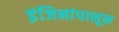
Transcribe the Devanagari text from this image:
इंजिनांपासून